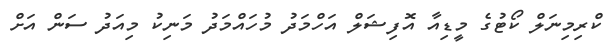
ކްރިމިނަލް ކޯޓުގެ މީޑިއާ އޮފިޝަލް އަހްމަދު މުހައްމަދު މަނިކު މިއަދު ސަން އަށް